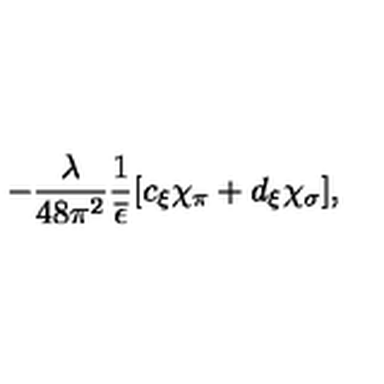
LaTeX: - \frac { \lambda } { 4 8 \pi ^ { 2 } } \frac { 1 } { \overline { { \epsilon } } } [ c _ { \xi } \chi _ { \pi } + d _ { \xi } \chi _ { \sigma } ] ,